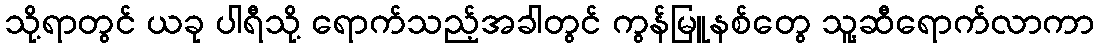
သို့ရာတွင် ယခု ပါရီသို့ ရောက်သည့်အခါတွင် ကွန်မြူနစ်တွေ သူ့ဆီရောက်လာကာ